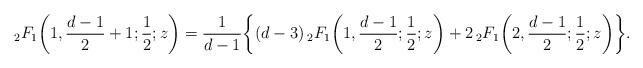
LaTeX: \begin{align*}{}_2 F_1\bigg (1, \frac {d-1} {2}+1;\frac {1} {2}; z \bigg) = \frac {1} {d-1} \bigg\{ (d-3)\, {}_2 F_1\bigg (1, \frac {d-1} {2};\frac {1} {2}; z \bigg) +2 \, {}_2 F_1\bigg (2, \frac {d-1} {2};\frac {1} {2}; z \bigg) \bigg\}.\end{align*}